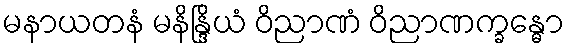
မနာယတနံ မနိန္ဒြိယံ ဝိညာဏံ ဝိညာဏက္ခန္ဓော